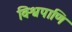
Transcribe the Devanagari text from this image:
विश्वपाणि